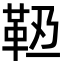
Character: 𩉶